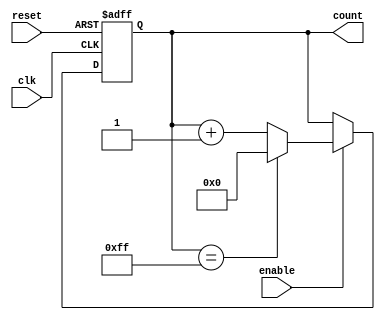
module binary_up_counter_with_enable(
    input wire clk,
    input wire reset,
    input wire enable,
    output reg [7:0] count
);

always @(posedge clk or posedge reset) begin
    if (reset) begin
        count <= 8'b00000000;
    end else begin
        if (enable) begin
            if (count == 8'b11111111) begin
                count <= 8'b00000000;
            end else begin
                count <= count + 1;
            end
        end
    end
end

endmodule